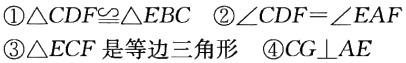
\textcircled{1}$\triangle CDF\cong\triangle EBC$ \textcircled{2}$\angle CDF = \angle EAF$ \textcircled{3}$\triangle ECF$是等边三角形 \textcircled{4}$CG\perp AE$